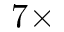
7 \times